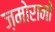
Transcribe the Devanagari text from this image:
ज़मोरानो